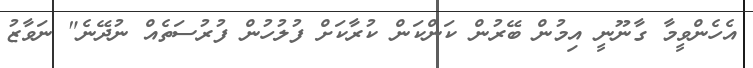
އެހެންވީމާ ގާނޫނީ އިމުން ބޭރުން ކަންކަން ކުރާކަށް ފުލުހުން ފުރުސަތެއް ނުދޭނެ" ނަވާޒު